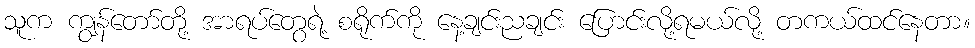
သူက ကျွန်တော်တို့ အာရပ်တွေရဲ့ စရိုက်ကို နေ့ချင်းညချင်း ပြောင်းလို့ရမယ်လို့ တကယ်ထင်နေတာ။